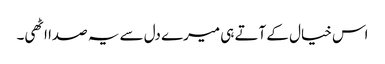
اس خیال کے آتے ہی میرے دل سے یہ صدا اٹھی۔